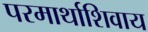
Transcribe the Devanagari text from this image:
परमार्थाशिवाय